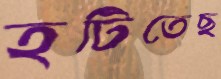
হটিতেছ